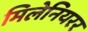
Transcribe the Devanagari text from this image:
मिलेनियरर